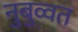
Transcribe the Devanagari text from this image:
नुबुव्वत